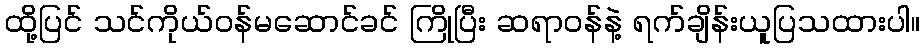
ထို့ပြင် သင်ကိုယ်ဝန်မဆောင်ခင် ကြိုပြီး ဆရာဝန်နဲ့ ရက်ချိန်းယူပြသထားပါ။